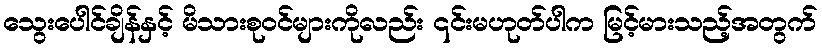
သွေးပေါင်ချိန်နှင့် မိသားစုဝင်များကိုလည်း ၎င်းမဟုတ်ပါက မြင့်မားသည့်အတွက်